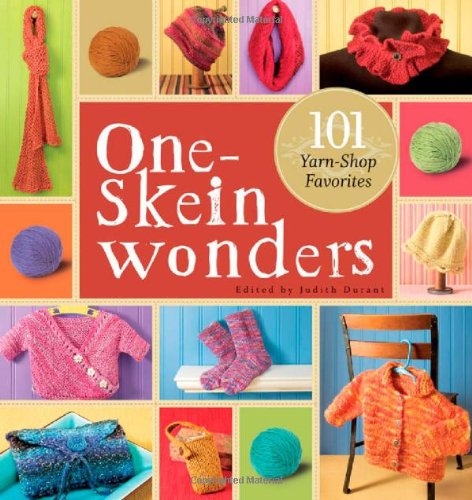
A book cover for One-Skein WondersÂ®; Crafts, Hobbies & Home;